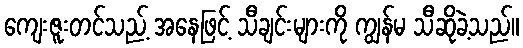
ကျေးဇူးတင်သည့် အနေဖြင့် သီချင်းများကို ကျွန်မ သီဆိုခဲ့သည်။